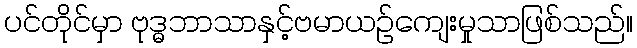
ပင်တိုင်မှာ ဗုဒ္ဓဘာသာနှင့်ဗမာယဉ်ကျေးမှုသာဖြစ်သည်။